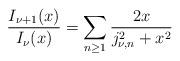
LaTeX: \begin{align*}\frac{I_{\nu+1}(x)}{I_{\nu}(x)}=\sum_{n\geq 1}\frac{2x}{j_{\nu,n}^2+x^2}\end{align*}